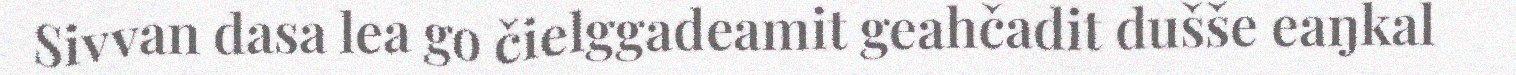
Sivvan dasa lea go čielggadeamit geahčadit dušše eaŋkal